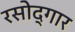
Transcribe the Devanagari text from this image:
रसोद्गार